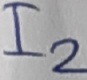
Text: I2